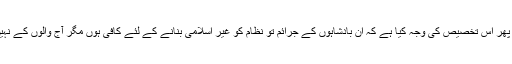
تو پھر اس تخصیص کی وجہ کیا ہے کہ ان بادشاہوں کے جرائم تو نظام کو غیر اسلامی بنانے کے لئے کافی ہوں مگر آج والوں کے نہیں؟